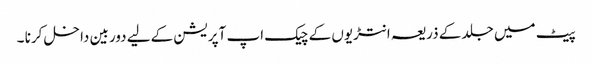
پیٹ میں جلد کے ذریعہ انتڑیوں کے چیک اپ آپریشن کےلیے دوربین داخل کرنا ۔